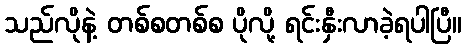
သည်လိုနဲ့ တစ်စတစ်စ ပိုလို့ ရင်းနှီးလာခဲ့ရပါပြီ။